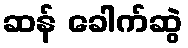
ဆန် ခေါက်ဆွဲ